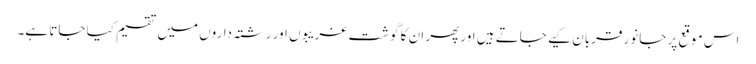
اس موقع پر جانور قربان کیے جاتے ہیں اور پھر ان کا گوشت غریبوں اور رشتہ داروں میں تقسیم کیا جاتا ہے۔